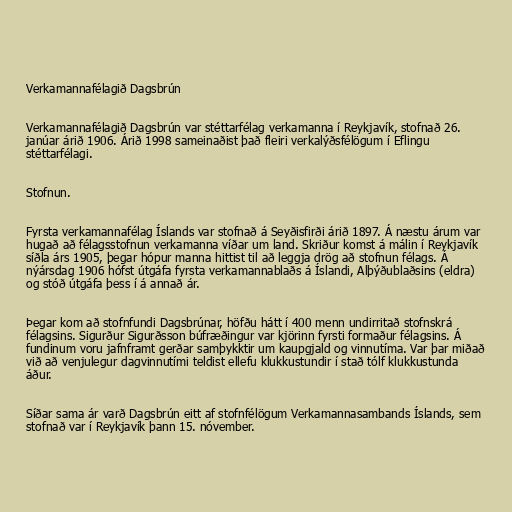
Verkamannafélagið Dagsbrún

Verkamannafélagið Dagsbrún var stéttarfélag verkamanna í Reykjavík, stofnað 26.
janúar árið 1906. Árið 1998 sameinaðist það fleiri verkalýðsfélögum í Eflingu
stéttarfélagi.

Stofnun.

Fyrsta verkamannafélag Íslands var stofnað á Seyðisfirði árið 1897. Á næstu árum var
hugað að félagsstofnun verkamanna víðar um land. Skriður komst á málin í Reykjavík
síðla árs 1905, þegar hópur manna hittist til að leggja drög að stofnun félags. Á
nýársdag 1906 hófst útgáfa fyrsta verkamannablaðs á Íslandi, Alþýðublaðsins (eldra)
og stóð útgáfa þess í á annað ár.

Þegar kom að stofnfundi Dagsbrúnar, höfðu hátt í 400 menn undirritað stofnskrá
félagsins. Sigurður Sigurðsson búfræðingur var kjörinn fyrsti formaður félagsins. Á
fundinum voru jafnframt gerðar samþykktir um kaupgjald og vinnutíma. Var þar miðað
við að venjulegur dagvinnutími teldist ellefu klukkustundir í stað tólf klukkustunda
áður.

Síðar sama ár varð Dagsbrún eitt af stofnfélögum Verkamannasambands Íslands, sem
stofnað var í Reykjavík þann 15. nóvember.